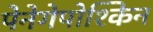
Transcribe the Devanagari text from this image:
पेनेगेपोश्किन